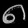
Digit: ၈